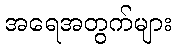
အရေအတွက်များ